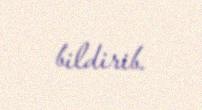
bildirib.